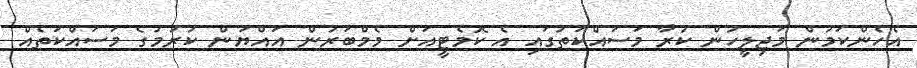
އެހެންކަމުން މަޖިލީހުން ކުރާ މަސައްކަތުގައި އެ ކޮމެޓީއަށް މެމްބަރުން އައްޔަން ކުރުމުގެ މަސައްކަތެއް